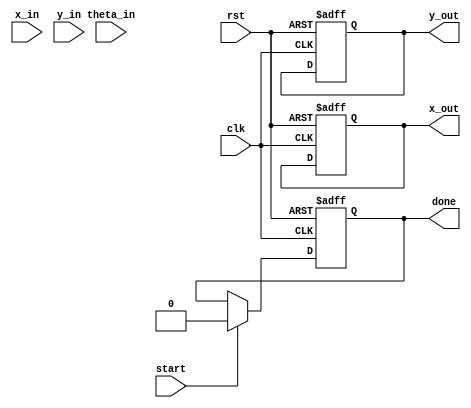
module pipeline_cordic (
    input clk,
    input rst,
    input start,
    input [15:0] x_in,      // Fixed-point X input
    input [15:0] y_in,      // Fixed-point Y input
    input [15:0] theta_in,  // Fixed-point angle input
    output reg [15:0] x_out, // Fixed-point X output
    output reg [15:0] y_out, // Fixed-point Y output
    output reg done         // Operation done signal
);

    // Parameters
    parameter NUM_ITERATIONS = 16; // Number of CORDIC iterations
    parameter ANGLE_WIDTH = 16;     // Width for angle representation
    parameter FIXED_POINT_WIDTH = 16; // Width for fixed-point representation

    // Internal registers
    reg [FIXED_POINT_WIDTH-1:0] x_reg [0:NUM_ITERATIONS-1];
    reg [FIXED_POINT_WIDTH-1:0] y_reg [0:NUM_ITERATIONS-1];
    reg [ANGLE_WIDTH-1:0] theta_reg [0:NUM_ITERATIONS-1];
    reg [3:0] stage; // Current stage of the pipeline
    reg [NUM_ITERATIONS-1:0] angle_table [0:NUM_ITERATIONS-1]; // Lookup table for angles
    reg [NUM_ITERATIONS-1:0] z_table [0:NUM_ITERATIONS-1]; // Lookup table for scaling factors

    // Initialize angle and scaling factor tables (example values)
    initial begin
        angle_table[0] = 16'h0000; // 0 degrees
        angle_table[1] = 16'h2000; // 45 degrees
        angle_table[2] = 16'h4000; // 90 degrees
        // ... Fill in the rest of the angle values
        // Scaling factors can be initialized similarly
    end

    // Control logic
    always @(posedge clk or posedge rst) begin
        if (rst) begin
            stage <= 0;
            done <= 0;
            x_out <= 0;
            y_out <= 0;
        end else if (start) begin
            // Load initial values
            x_reg[0] <= x_in;
            y_reg[0] <= y_in;
            theta_reg[0] <= theta_in;
            stage <= 1;
            done <= 0;
        end else if (stage > 0 && stage <= NUM_ITERATIONS) begin
            // CORDIC computation
            // Perform rotation based on the current stage
            if (theta_reg[stage-1] < 0) begin
                // Counterclockwise rotation
                x_reg[stage] <= x_reg[stage-1] + (y_reg[stage-1] >> stage);
                y_reg[stage] <= y_reg[stage-1] - (x_reg[stage-1] >> stage);
                theta_reg[stage] <= theta_reg[stage-1] + angle_table[stage-1];
            end else begin
                // Clockwise rotation
                x_reg[stage] <= x_reg[stage-1] - (y_reg[stage-1] >> stage);
                y_reg[stage] <= y_reg[stage-1] + (x_reg[stage-1] >> stage);
                theta_reg[stage] <= theta_reg[stage-1] - angle_table[stage-1];
            end

            // Move to the next stage
            stage <= stage + 1;

            // Check if done
            if (stage == NUM_ITERATIONS) begin
                x_out <= x_reg[NUM_ITERATIONS];
                y_out <= y_reg[NUM_ITERATIONS];
                done <= 1;
                stage <= 0; // Reset stage for next operation
            end
        end
    end

endmodule